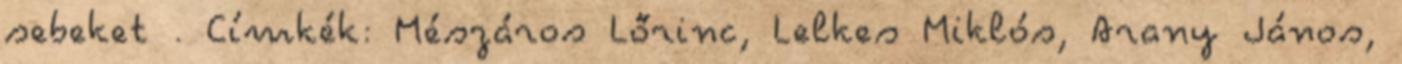
sebeket . Címkék: Mészáros Lőrinc, Lelkes Miklós, Arany János,